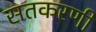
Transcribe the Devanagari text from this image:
सतकरणी